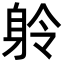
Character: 䠲